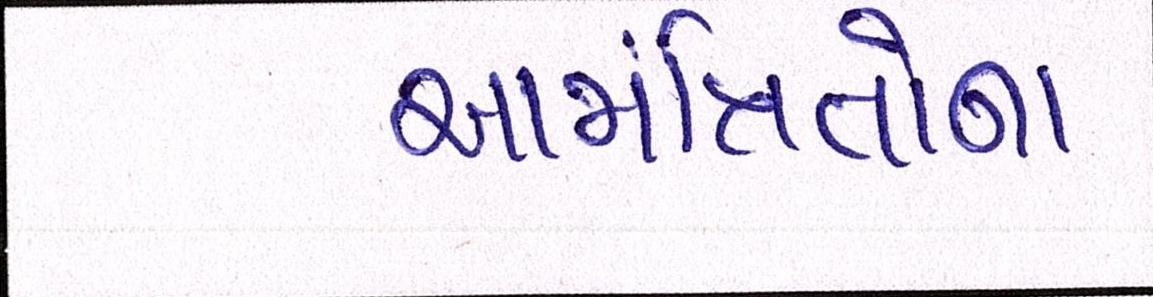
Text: આમંત્રિતોના